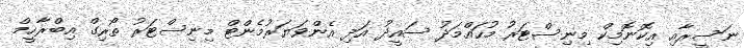
ނަސީރާއި އިކޮނޮމިކް މިނިސްޓަރު މުހައްމަދު ސައީދު އަދި އެންވަޔަރުމެންޓް މިނިސްޓަރު ތޯރިގް އިބްރާހީމް